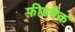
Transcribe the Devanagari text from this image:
फ़ीडबैक